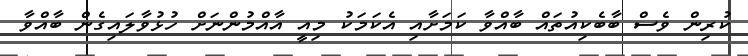
ކުރިން ވެސް ބާބެކިއުތައް ބާއްވާ ކަމަށާއި އެކަމަކު މިއީ އާއްމުންނަށް ހުޅުވާލައިގެން ބާއްވާ